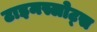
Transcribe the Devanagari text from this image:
टाइमस्लोट्स